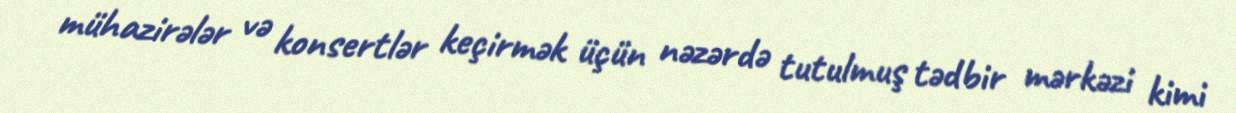
mühazirələr və konsertlər keçirmək üçün nəzərdə tutulmuş tədbir mərkəzi kimi